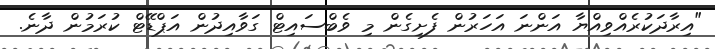
"އިރާދަކުރެއްވިއްޔާ އަންނަ އަހަރުން ފެށިގެން މި ވެބްސައިޓް ގަވާއިދުން އަޕްޑޭޓް ކުރަމުން ދާނެ.